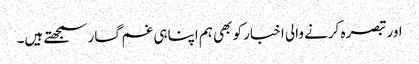
اور تبصرہ کرنے والی اخبار کو بھی ہم اپناہی غم گسار سمجھتے ہیں۔